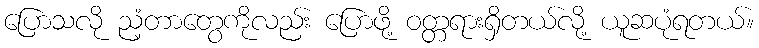
ပြောသလို ညံ့တာတွေကိုလည်း ပြောဖို့ ဝတ္တရားရှိတယ်လို့ ယူဆပုံရတယ်။